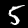
Label: 5